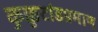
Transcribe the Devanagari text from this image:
कुक्कुटांडप्रमाण